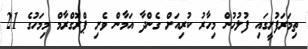
ތިމަރަފުށީގައި ފުލުހުން މިހާރު ކުރިއަށް ގެންދާ އަމާން ވެށި ޕްރޮގްރާމް މިމަހުގެ 21